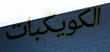
الكويكبات